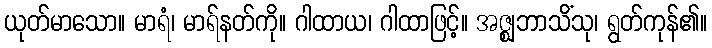
ယုတ်မာသော။ မာရံ၊ မာရ်နတ်ကို။ ဂါထာယ၊ ဂါထာဖြင့်။ အဇ္ဈဘာသိံသု၊ ရွတ်ကုန်၏။